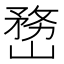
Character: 𡻒